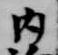
内